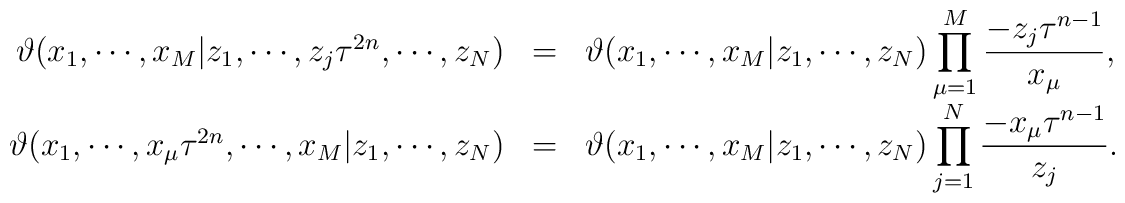
\begin{array}{rcl}\vartheta (x_1 , \cdots , x_M |z_1 , \cdots , z_j \tau^{2n} ,\cdots,z_N )& = &\vartheta (x_1 , \cdots , x_M | z_1 , \cdots , z_N )\displaystyle\prod_{\mu =1}^{M}\frac{-z_j \tau^{n-1}}{x_{\mu }}, \\\vartheta (x_1 , \cdots, x_{\mu}\tau^{2n} ,\cdots, x_M | z_1 , \cdots , z_N )& = &\vartheta (x_1 , \cdots , x_M | z_1 , \cdots , z_N )\displaystyle\prod_{j=1}^{N} \frac{-x_{\mu } \tau^{n-1}}{z_j }.\end{array}